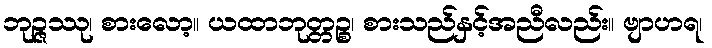
ဘုဉ္ဇဿု၊ စားလော့။ ယထာဘုတ္တဉ္စ၊ စားသည်နှင့်အညီလည်း။ ဗျာဟရ၊